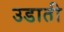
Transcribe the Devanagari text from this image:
उडाती